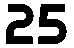
25